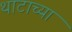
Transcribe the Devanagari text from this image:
थाटाच्या